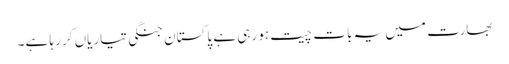
بھارت میں یہ بات چیت ہو رہی ہے پاکستان جنگی تیاریاں کر رہا ہے۔